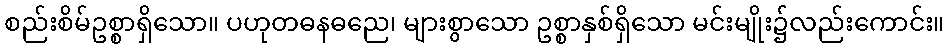
စည်းစိမ်ဥစ္စာရှိသော။ ပဟုတဓနဓညေ၊ များစွာသော ဥစ္စာနှစ်ရှိသော မင်းမျိုး၌လည်းကောင်း။